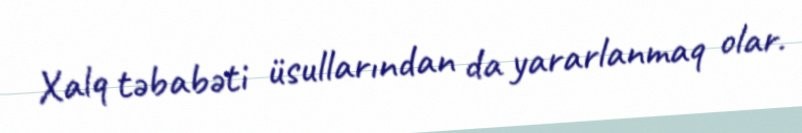
Xalq təbabəti üsullarından da yararlanmaq olar.